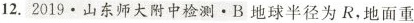
12.2019.山东师大附中检测。B地球半径为R，地面重